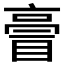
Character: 𠅿